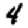
Digit: 4